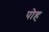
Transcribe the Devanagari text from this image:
पोह